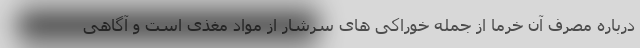
درباره مصرف آن خرما از جمله خوراکی های سرشار از مواد مغذی است و آگاهی